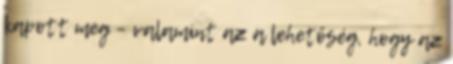
kapott meg – valamint az a lehetőség, hogy az